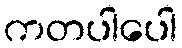
ကတပါပေါ